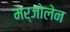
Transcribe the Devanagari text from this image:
मर्जोलेन